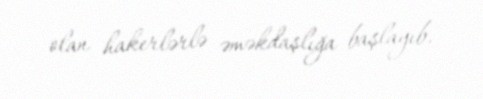
olan hakerlərlə əməkdaşlığa başlayıb.